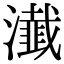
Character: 瀐